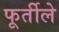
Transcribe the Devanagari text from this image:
फूर्तीले